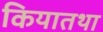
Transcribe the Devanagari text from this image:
कियातथा